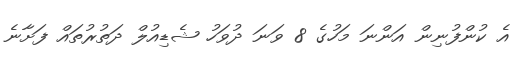
އެ ކުންފުނިން އަންނަ މަހުގެ 8 ވަނަ ދުވަހު ޝެޑިއުލް ދަތުރުތައް ފަށާނެ